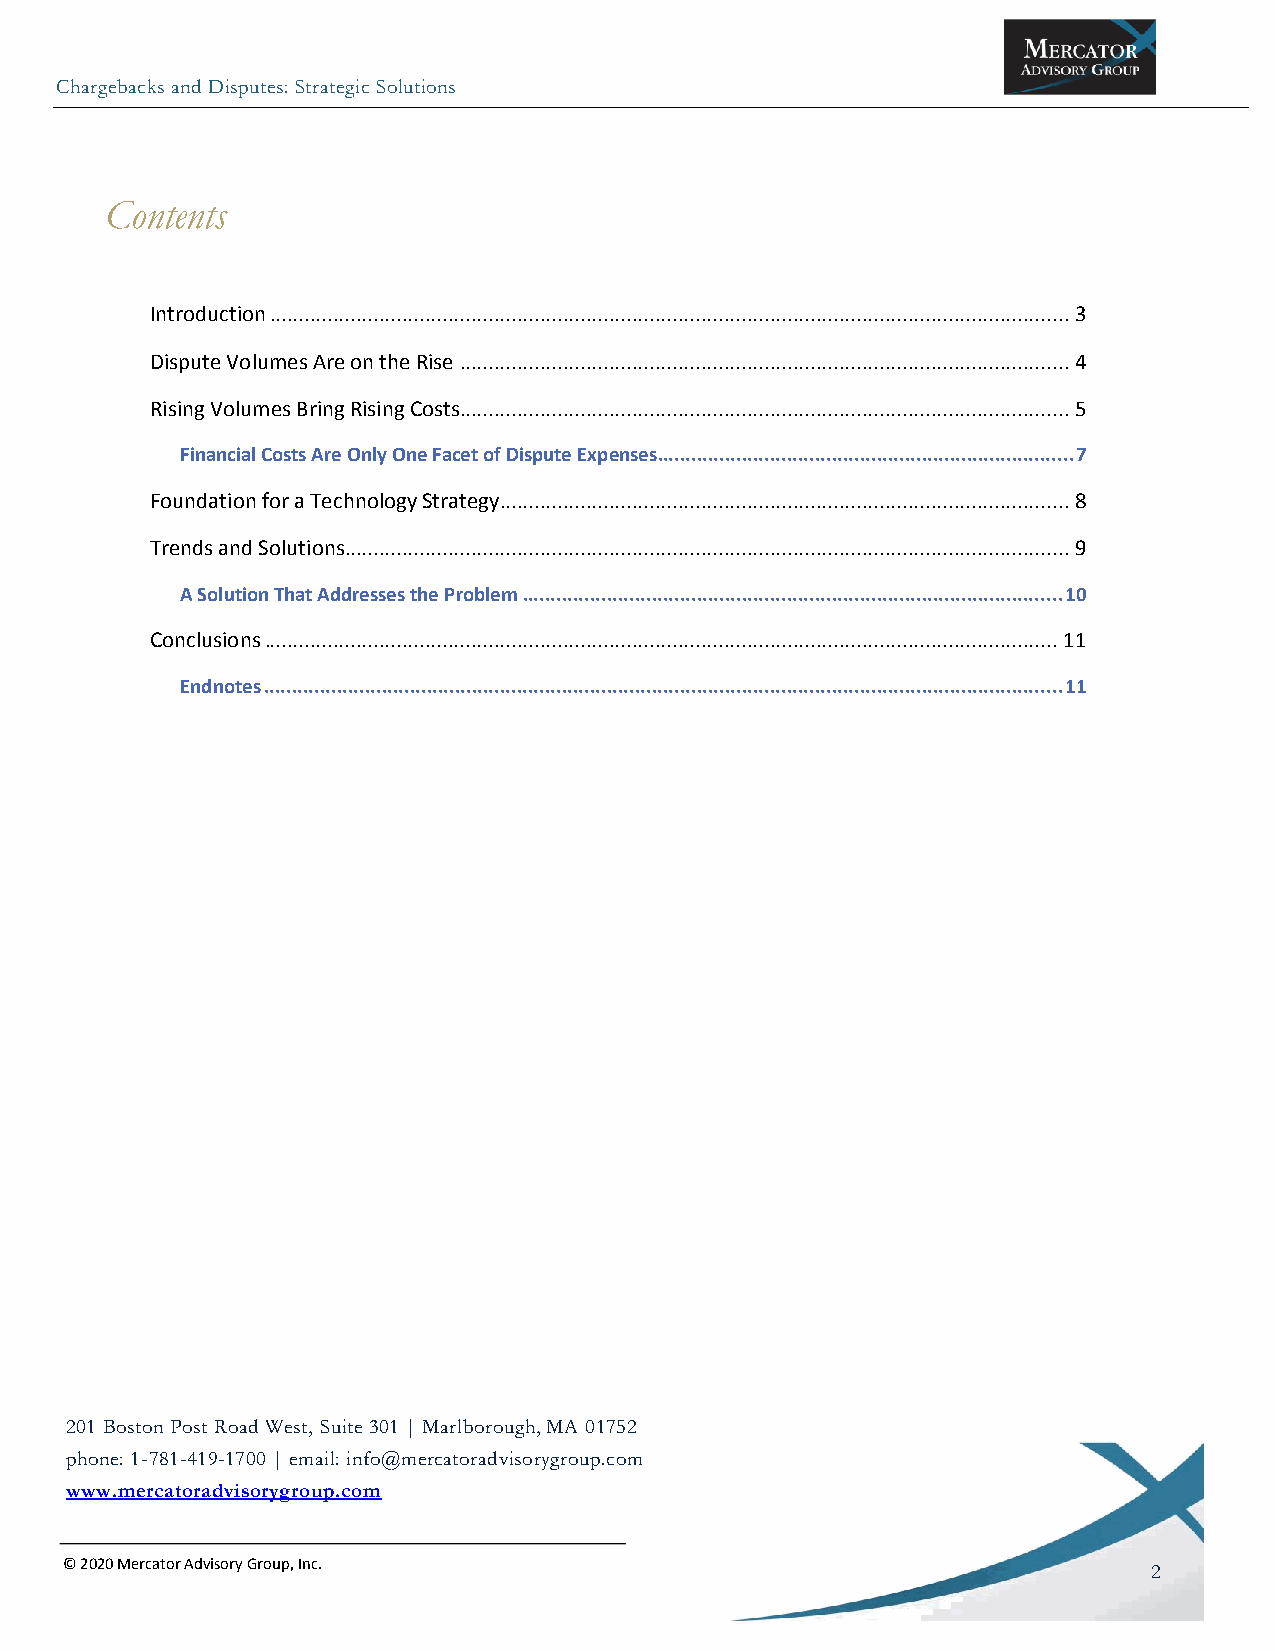
Chargebacks and Disputes: Strategic Solutions
 Contents
 Introduction ........................................................................................................................................... 3
 Dispute Volumes Are on the Rise .......................................................................................................... 4
 Rising Volumes Bring Rising Costs .......................................................................................................... 5
 Financial Costs Are Only One Facet of Dispute Expenses .......................................................................... 7
 Foundation for a Technology Strategy ................................................................................................... 8
 Trends and Solutions .............................................................................................................................. 9
 A Solution That Addresses the Problem ................................................................................................ 10
 Conclusions .......................................................................................................................................... 11
 Endnotes .............................................................................................................................................. 11
 201 Boston Post Road West, Suite 301 | Marlborough, MA 01752
 phone: 1-781-419-1700 | email: info@mercatoradvisorygroup.com
 www.mercatoradvisorygroup.com
 © 2020 Mercator Advisory Group, Inc.
 2